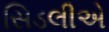
સિડલીએ